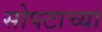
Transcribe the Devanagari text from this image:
सोपटाच्या